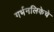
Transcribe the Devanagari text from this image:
गर्भनलिकेचे